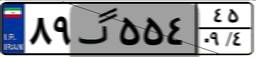
۸۹گ۵۵۴۴۵